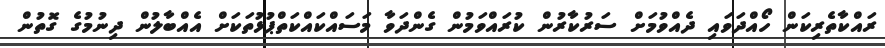
ރައްކާތެރިކަން ހޯއްދަވައި ދެއްވުމަށް ސަރުކާރުން ކުރައްވަމުން ގެންދަވާ މަސައްކައްކަތްޕުޅުތަކަށް އެއްބާލުން ދިނުމުގެ ގޮތުން